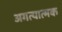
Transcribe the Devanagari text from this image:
अगत्यात्मक